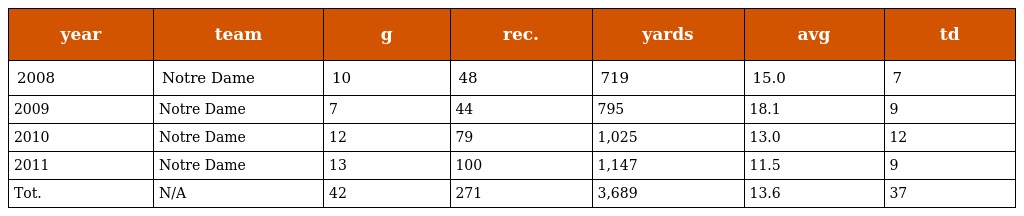
| year | team | g | rec. | yards | avg | td |
 | --- | --- | --- | --- | --- | --- | --- |
 | 2008 | Notre Dame | 10 | 48 | 719 | 15.0 | 7 |
 | 2009 | Notre Dame | 7 | 44 | 795 | 18.1 | 9 |
 | 2010 | Notre Dame | 12 | 79 | 1,025 | 13.0 | 12 |
 | 2011 | Notre Dame | 13 | 100 | 1,147 | 11.5 | 9 |
 | Tot. | N/A | 42 | 271 | 3,689 | 13.6 | 37 |